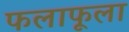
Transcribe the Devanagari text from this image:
फलाफूला